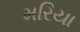
મરિયા